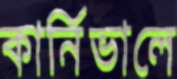
কার্নিভালে